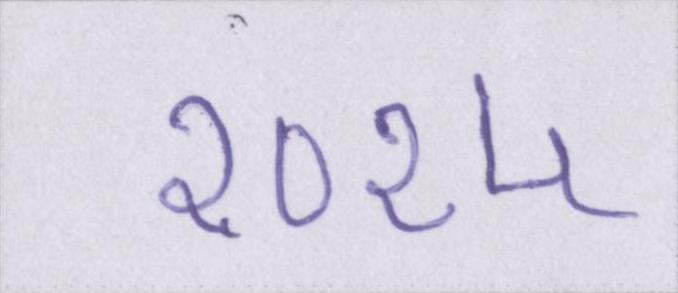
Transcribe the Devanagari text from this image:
२०१५